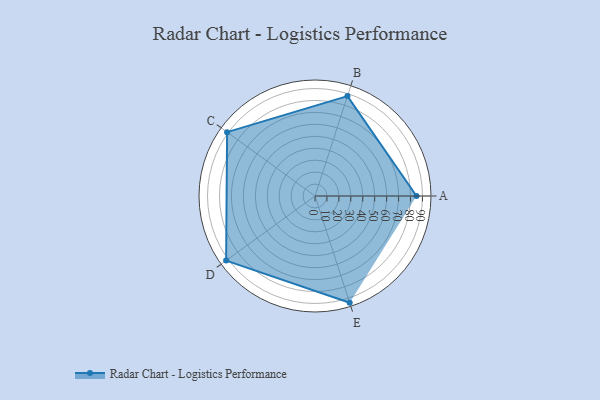
{"axis": {"x": "Skill", "y": "Score"}, "legend": ["Profile"], "data": [{"x": "A", "y": 85.0, "type": "Profile"}, {"x": "B", "y": 88.0, "type": "Profile"}, {"x": "C", "y": 91.0, "type": "Profile"}, {"x": "D", "y": 92.0, "type": "Profile"}, {"x": "E", "y": 94.0, "type": "Profile"}]}